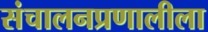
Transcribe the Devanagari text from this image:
संचालनप्रणालीला